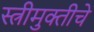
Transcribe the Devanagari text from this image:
स्त्रीमुक्तीचे